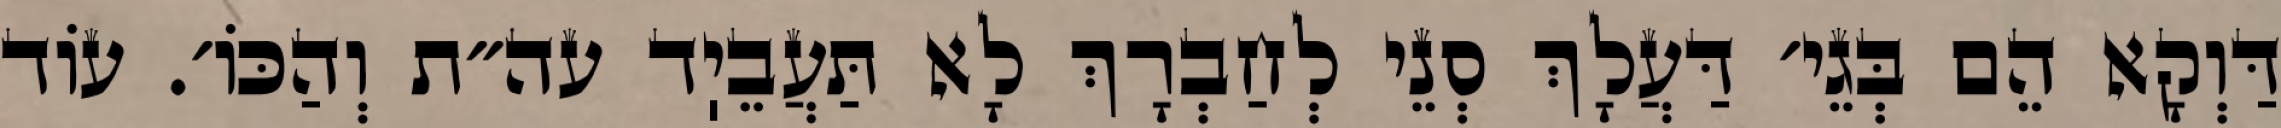
דַּוְקָא הֵם בְּגֵי׳ דַּעֲלָךְ סְנֵי לְחַבְרָךְ לָא תַּעֲבֵיֽד עה״ת וְהַכּוֹ׳. עוֹד